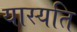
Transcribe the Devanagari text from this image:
यास्यति